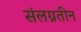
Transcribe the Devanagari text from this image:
संलग्नतीन